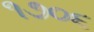
૧૭૦૬